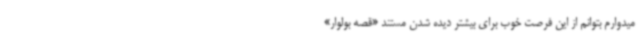
میدوارم بتوانم از این فرصت خوب برای بیشتر دیده شدن مستند «قصه بولوار»